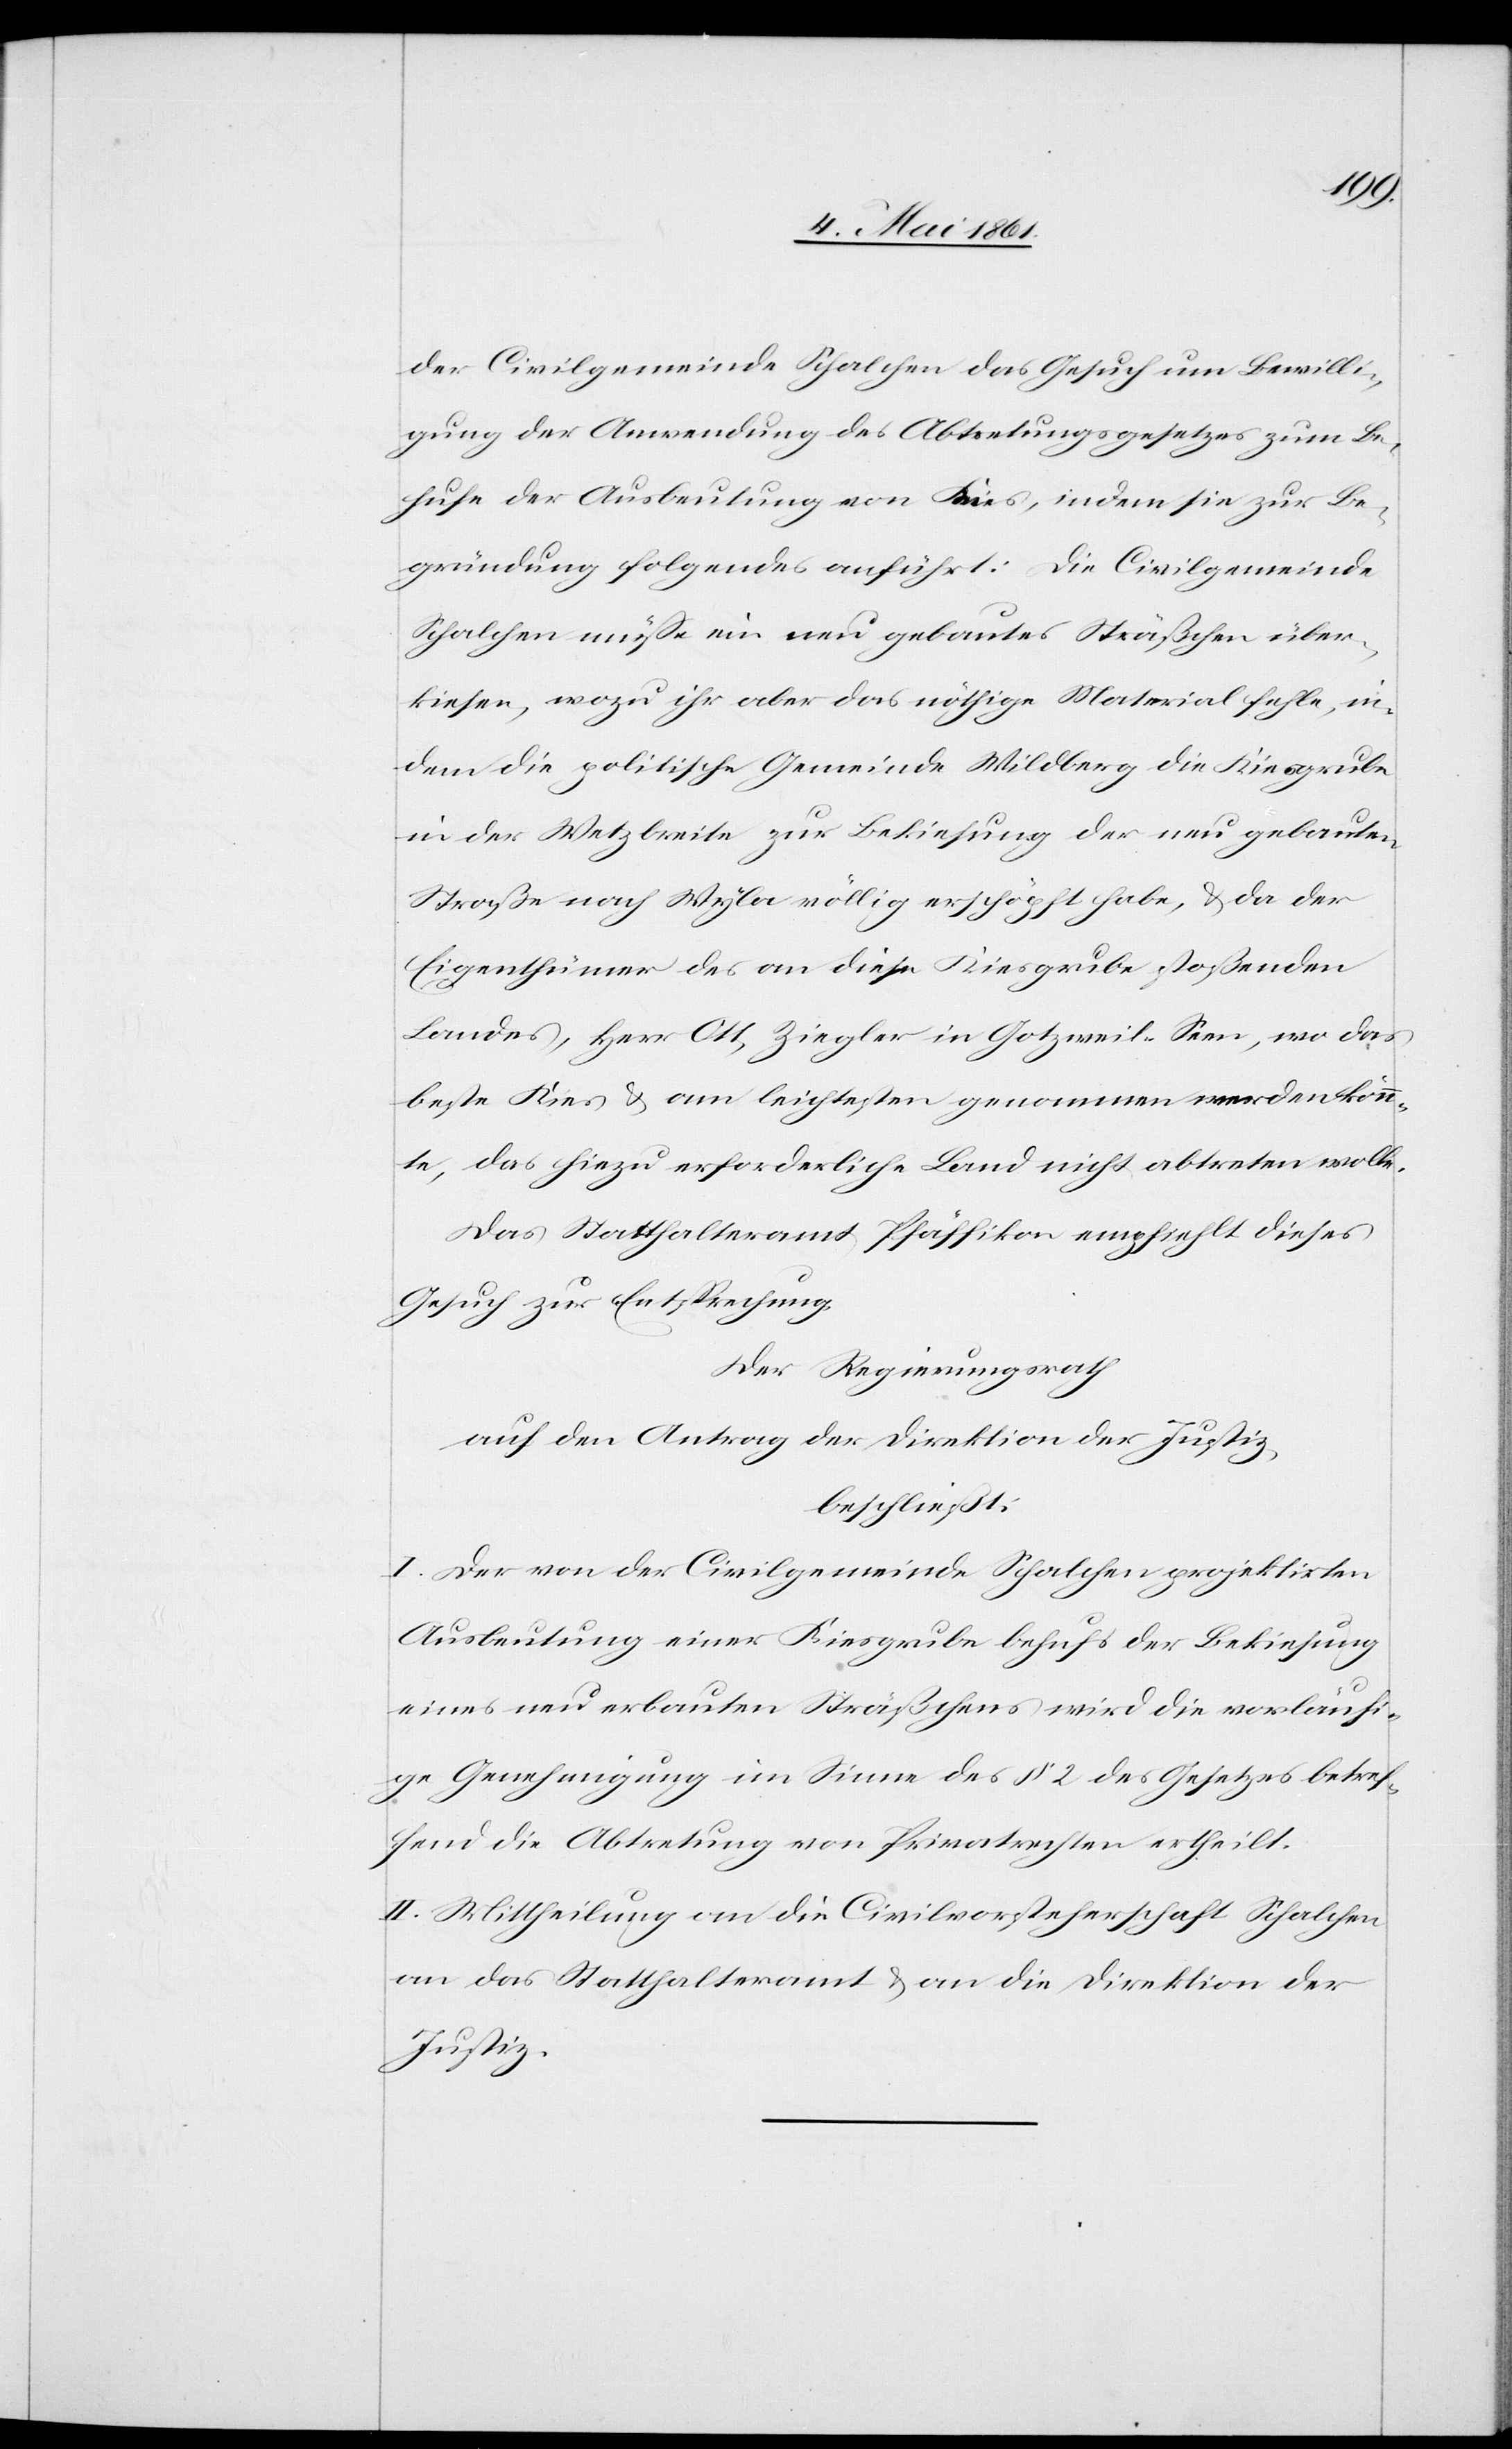
der Civilgemeinde Schalchen das Gesuch um Bewilli¬
gung der Anwendung des Abtretungsgesetzes zum Be¬
hufe der Ausbeutung von Kies, indem sie zur Be¬
gründung folgendes anführt: Die Civilgemeinde
Schalchen müsse ein neu gebautes Sträßchen über¬
kiesen, wozu ihr aber das nöthige Material fehle, in¬
dem die politische Gemeinde Wildberg die Kiesgrube
in der Wetzbreite zur Bekiesung der neu gebauten
Straße nach Wyla völlig erschöpft habe, u. da der
Eigenthümer des an diese Kiesgrube stoßenden
Landes, Herr Ott, Ziegler in Gotzweil-Seen, wo das
beste Kies u. am leichtesten genommen werden könn¬
te, das hiezu erforderliche Land nicht abtreten wolle.
Das Statthalteramt Pfäffikon empfiehlt dieses
Gesuch zur Entsprechung.
Der Regierungsrath
auf den Antrag der Direktion der Justiz
beschließt:
I. Der von der Civilgemeinde Schalchen projektirten
Ausbeutung einer Kiesgrube behufs der Bekiesung
eines neu erbauten Sträßchens wird die vorläufi¬
ge Genehmigung im Sinne des § 2 des Gesetzes betref¬
fend die Abtretung von Privatechten ertheilt.
II. Mittheilung an die Civilvorsteherschaft Schalchen
an das Statthalteramt u. an die Direktion der
Justiz.